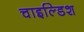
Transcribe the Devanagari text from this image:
चाइल्डिश